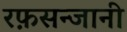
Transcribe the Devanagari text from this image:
रफ़सन्जानी